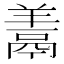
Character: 𩰱